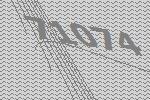
71074